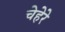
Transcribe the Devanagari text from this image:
चेहेरे